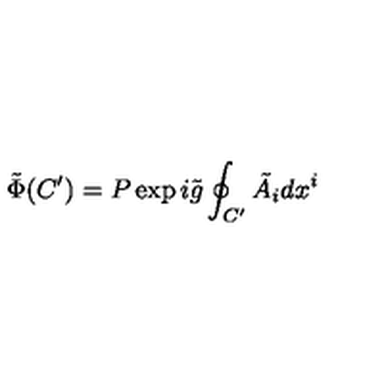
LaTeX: \tilde { \Phi } ( C ^ { \prime } ) = P \exp i \tilde { g } \oint _ { C ^ { \prime } } \tilde { A } _ { i } d x ^ { i }